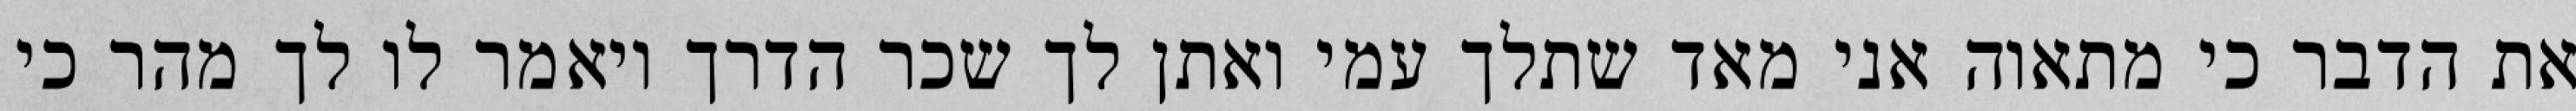
את הדבר כי מתאוה אני מאד שתלך עמי ואתן לך שכר הדרך ויאמר לו לך מהר כי